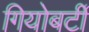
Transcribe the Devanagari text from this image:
गियोबर्टी